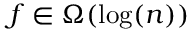
f \in \Omega ( \log ( n ) )